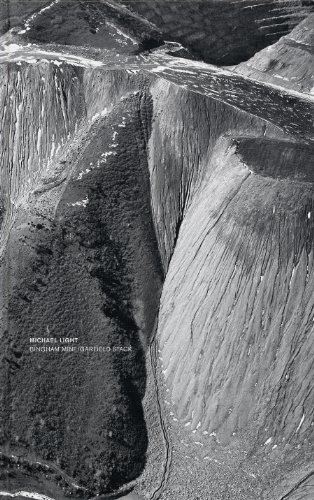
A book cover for Michael Light: Bingham Mine/Garfield Stack; Trevor Paglen; Arts & Photography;